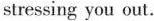
stressing you out.